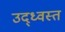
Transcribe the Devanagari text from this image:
उद्‍ध्वस्त